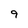
Character: 9